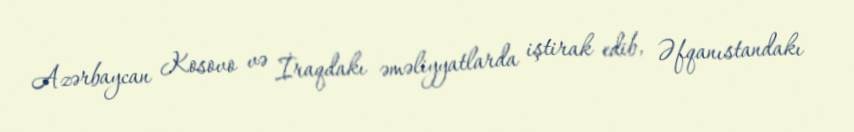
Azərbaycan Kosovo və İraqdakı əməliyyatlarda iştirak edib, Əfqanıstandakı